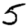
Digit: 5